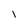
Character: l